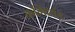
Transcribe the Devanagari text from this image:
कमिशंड